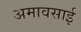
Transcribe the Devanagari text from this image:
अमावसाई